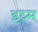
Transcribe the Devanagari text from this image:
इध्म